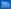
Transcribe